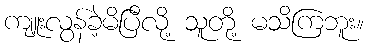
ကျူးလွန်ခဲ့မိပြီလို့ သူတို့ မသိကြဘူး။